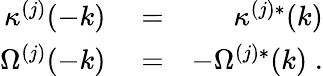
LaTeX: \begin{array}{rlr}{\kappa^{(j)}(-k)}&{{}=}&{\kappa^{(j)*}(k)}\\ {\Omega^{(j)}(-k)}&{{}=}&{-\Omega^{(j)*}(k)\; .}\end{array}